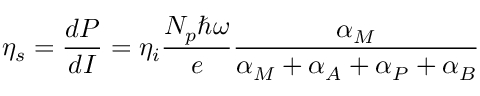
\eta _ { s } = \frac { d P } { d I } = \eta _ { i } \frac { N _ { p } \hbar \omega } { e } \frac { \alpha _ { M } } { \alpha _ { M } + \alpha _ { A } + \alpha _ { P } + \alpha _ { B } }